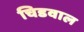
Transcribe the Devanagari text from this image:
चिडवाल